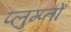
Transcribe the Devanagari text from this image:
प्लुम्प्तों